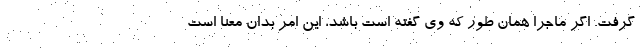
گرفت. اگر ماجرا همان طور که وی گفته است باشد، این امر بدان معنا است